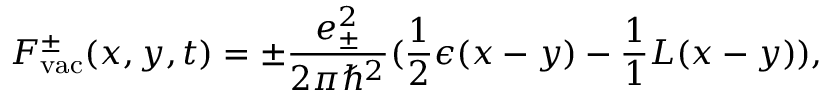
{ \cal F } _ { \mathrm { v a c } } ^ { \pm } ( x , y , t ) = \pm \frac { e _ { \pm } ^ { 2 } } { 2 { \pi } { \hbar } ^ { 2 } } ( \frac { 1 } { 2 } \epsilon ( x - y ) - \frac { 1 } { 1 } { L } ( x - y ) ) ,